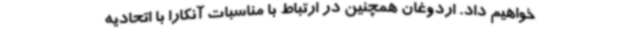
خواهیم داد. اردوغان همچنین در ارتباط با مناسبات آنکارا با اتحادیه